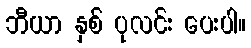
ဘီယာ နှစ် ပုလင်း ပေးပါ။